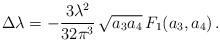
LaTeX: \begin{align*}\Delta \lambda = -\frac{3\lambda^2}{32\pi^3}\, \sqrt{a_3 a_4}\, F_1(a_3,a_4) \,. \end{align*}